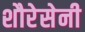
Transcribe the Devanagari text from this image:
शौरेसेनी